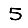
Digit: 5